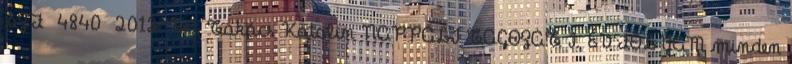
SZF 4840 2012. Üi.: Takács Katalin NAPPALI TAGOZAT I. ÉVFOLYAM minden